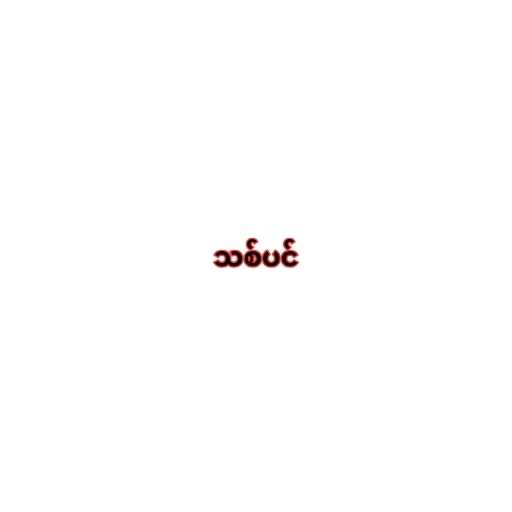
သစ်ပင်